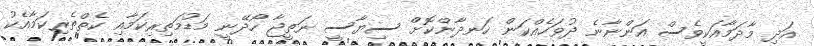
އަދި މާދަމާއަކީވެސް އަންނާނެ ދުވަހެއްކަން ހަނދާންކޮށް ސިޔާސީ ނަތީޖާ ހޯދޭނީ މަޑުމަތިރިކަމާއި ކެތްތެރިކަމާއެކު